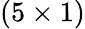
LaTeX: (5\times 1)